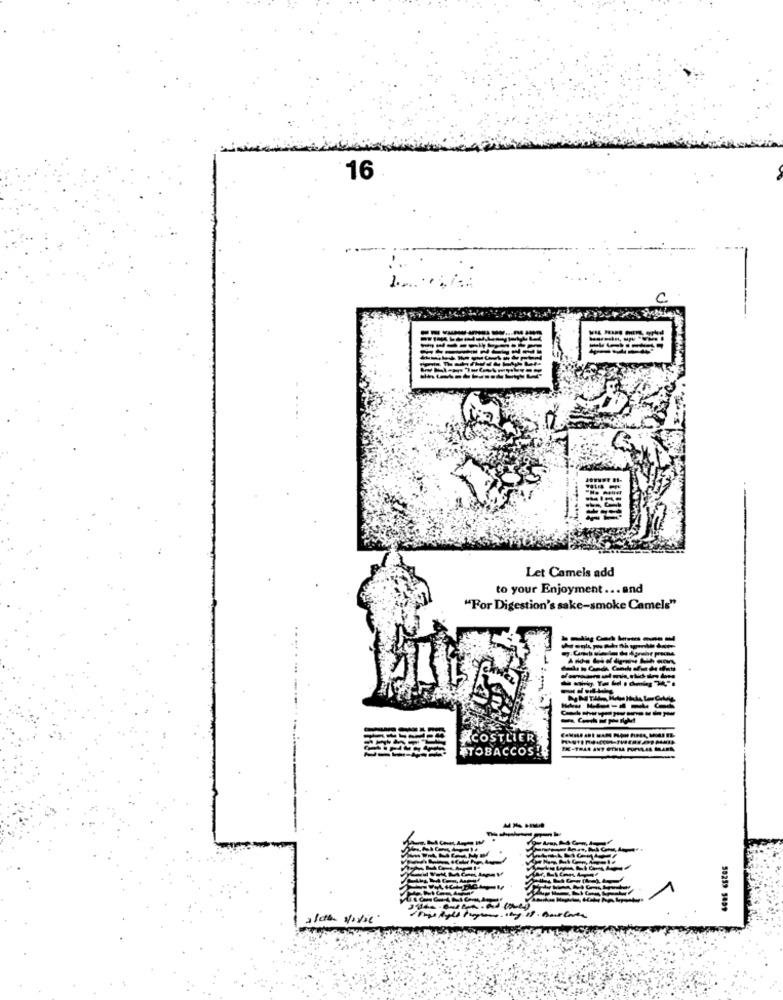
16
Let Camels add
to your Enjoyment ... and
"For Digestion's sake-smoke Camels"
Acos
ER
ATOBACCOS!
alda Vivic